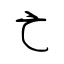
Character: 亡